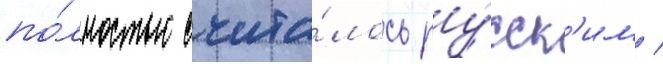
по́лностью счита́лось ру́сск'им /